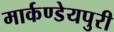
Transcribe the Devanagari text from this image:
मार्कण्डेयपुरी